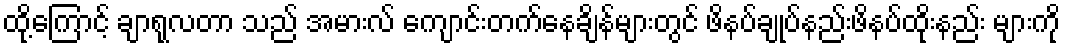
ထို့ကြောင့် ချာရုလတာ သည် အမားလ် ကျောင်းတက်နေချိန်များတွင် ဖိနပ်ချုပ်နည်းဖိနပ်ထိုးနည်း များကို